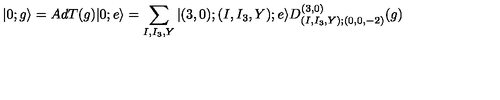
| 0 ; g \rangle = A d T ( g ) | 0 ; e \rangle = \sum _ { I , I _ { 3 } , Y } | ( 3 , 0 ) ; ( I , I _ { 3 } , Y ) ; e \rangle D _ { ( I , I _ { 3 } , Y ) ; ( 0 , 0 , - 2 ) } ^ { ( 3 , 0 ) } ( g )